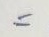
=